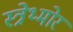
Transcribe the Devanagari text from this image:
स्त्रेथ्मोर